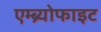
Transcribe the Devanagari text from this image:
एम्ब्र्योफाइट